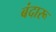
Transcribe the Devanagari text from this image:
बंदारू